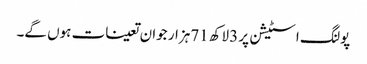
پولنگ اسٹیشن پر 3لاکھ 71ہزار جوان تعینات ہوں گے۔